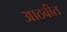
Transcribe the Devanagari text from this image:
आठवीत